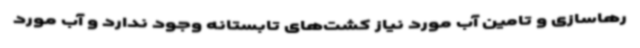
رهاسازی و تامین آب مورد نیاز کشت‌های تابستانه وجود ندارد و آب مورد